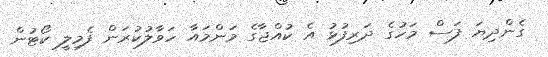
ގެންދިޔަ ފަސް މަހުގެ ދަރިފުޅު އެ ކުއްޖާގެ މަންމައާ ހަވާލުކުރަން ފެމިލީ ކޯޓުން